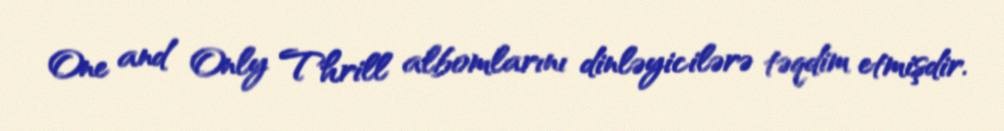
One and Only Thrill albomlarını dinləyicilərə təqdim etmişdir.